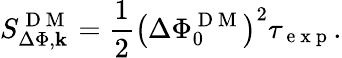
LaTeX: S_{\Delta\Phi,\mathbf{k}}^{\mathrm{{~D~M~}}}=\frac{{1}}{{2}}\left(\Delta\Phi_{0}^{\mathrm{{~D~M~}}}\right)^{2}\tau_{\mathrm{{~e~x~p~}}}.